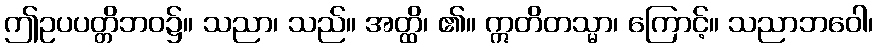
ဤဥပပတ္တိဘဝ၌။ သညာ၊ သည်။ အတ္ထိ၊ ၏။ ဣတိတသ္မာ၊ ကြောင့်။ သညာဘဝေါ၊